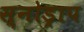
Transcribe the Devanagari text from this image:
स्नोड्राप